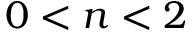
0 < n < 2